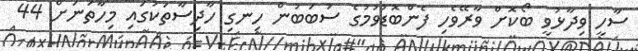
ސާހީ ވިދާޅުވީ ބޯކޮށް ވާރޭވެހި ފެންބޮޑުވުމުގެ ސަބަބުން ހިނގި ހާދިސާތަކުގައި މިހާތަނަށް 44